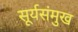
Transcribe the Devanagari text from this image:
सूर्यसंमुख